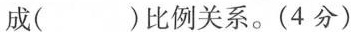
成()比例关系。(4分)